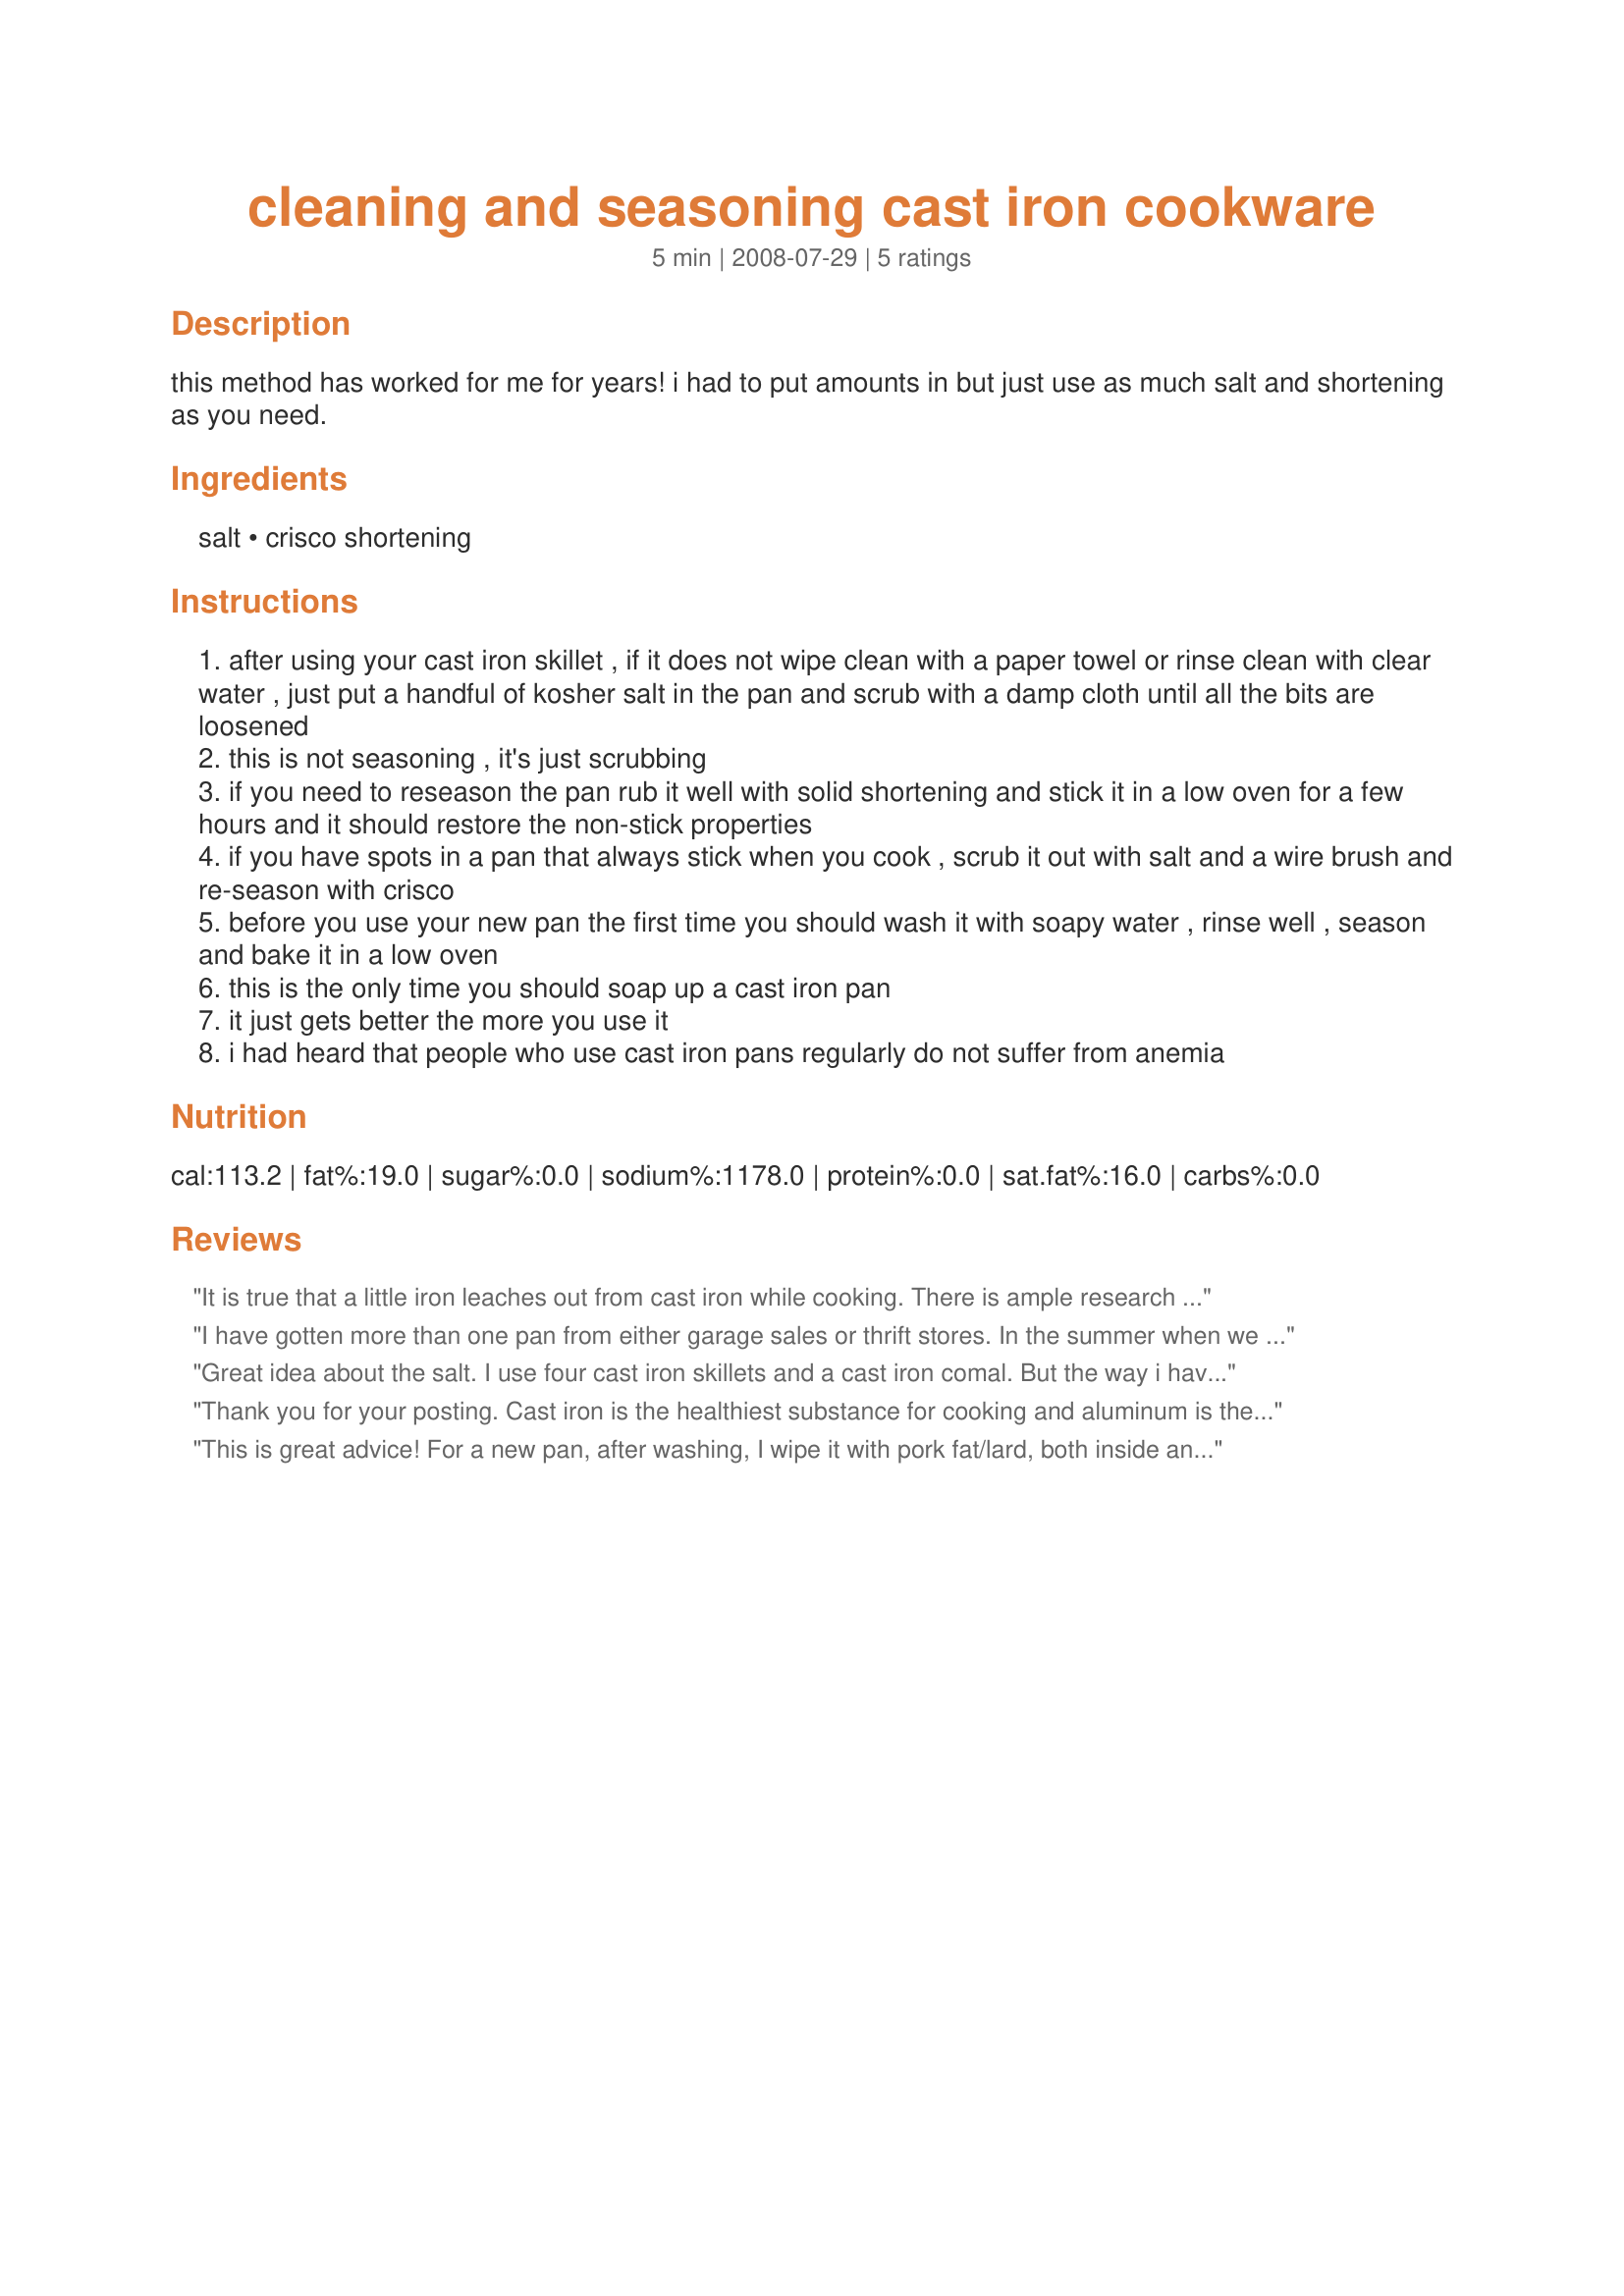
cleaning and seasoning cast iron cookware
Preparation time: 5 minutes

this method has worked for me for years! i had to put amounts in but just use as much salt and shortening as you need.

Ingredients:
salt, crisco shortening

Steps:
after using your cast iron skillet , if it does not wipe clean with a paper towel or rinse clean with clear water , just put a handful of kosher salt in the pan and scrub with a damp cloth until all the bits are loosened
this is not seasoning , it's just scrubbing
if you need to reseason the pan rub it well with solid shortening and stick it in a low oven for a few hours and it should restore the non-stick properties
if you have spots in a pan that always stick when you cook , scrub it out with salt and a wire brush and re-season with crisco
before you use your new pan the first time you should wash it with soapy water , rinse well , season and bake it in a low oven
this is the only time you should soap up a cast iron pan
it just gets better the more you use it
i had heard that people who use cast iron pans regularly do not suffer from anemia

Reviews:
It is true that a little iron leaches out from cast iron while cooking. There is ample research to back that up. However, the foods most likely to leach are going to be acidic, like tomato sauce. The cast iron will not, under normal use, leak enough iron to make you sick, though. :) Good to know!! I use these same methods with my cast iron and it always comes out beautifully.
I have gotten more than one pan from either garage sales or thrift stores. In the summer when we have a bon-fire I just stick the pan in for a few minutes and it comes out looking like new! I then season it as though it were new.
Great idea about the salt. I use four cast iron skillets and a cast iron comal. But the way i have always seasoned them is only oiling them liberally and heating them very hot on the stove top. Then wiping them out. They are all as nonstick as any teflon. And I use them for everything thing.
Thank you for your posting. Cast iron is the healthiest substance for cooking and aluminum is the worst. For all of you aluminum cookware fans out there, please investigate the possibility of a connection between using aluminum pans and Alzheimer's.
This is great advice! For a new pan, after washing, I wipe it with pork fat/lard, both inside and out. Then, in a 350 degree oven, I turn it upside down and bake it for an hour or two, on the top shelf. (Put foil or a cookie sheet on the next shelf down to catch any drippings.) Turn off the oven and let the skillet cool slowly inside. The first 4 or 5 times you use it, cook something good and greasy, like bacon or chicken. This way, your cast-iron should last many generations. The salt is a great tip, Secret Agent, thanks for posting!
